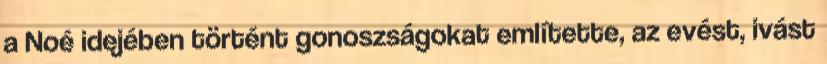
a Noé idejében történt gonoszságokat említette, az evést, ivást